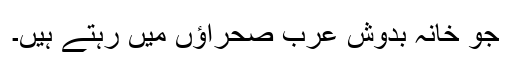
جو خانہ بدوش عرب صحراؤں میں رہتے ہیں۔